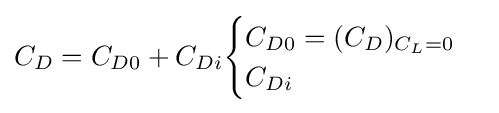
C_{D}=C_{D0}+C_{Di}{\begin{cases}C_{D0}=(C_{D})_{C_{L}=0}\\C_{Di}\end{cases}}